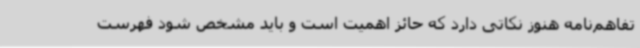
تفاهم‌نامه هنوز نکاتی دارد که حائز اهمیت است و باید مشخص شود فهرست